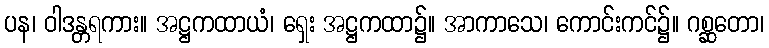
ပန၊ ဝါဒန္တရကား။ အဋ္ဌကထာယံ၊ ရှေး အဋ္ဌကထာ၌။ အာကာသေ၊ ကောင်းကင်၌။ ဂစ္ဆတော၊